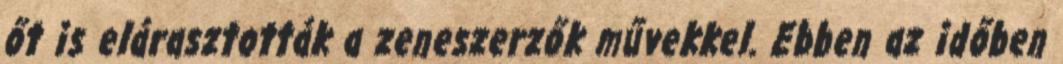
őt is elárasztották a zeneszerzők művekkel. Ebben az időben